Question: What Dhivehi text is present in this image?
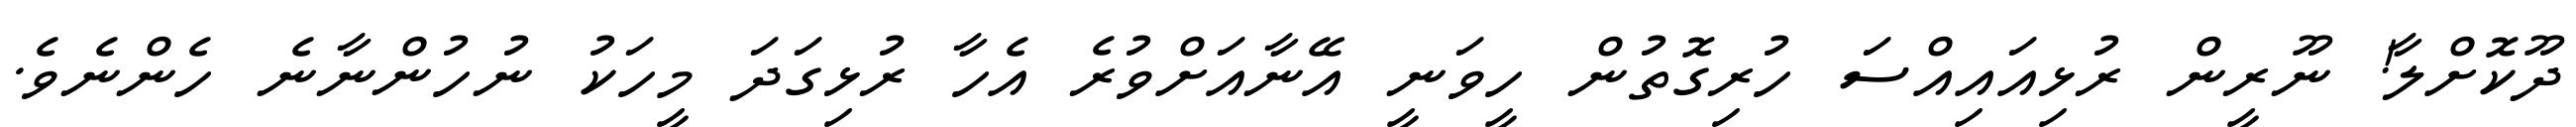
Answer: ދޫކޮށްލާ! ނޫރީން ރުޅިއައިއްސަ ހުރިގޮތުން ހީވަނީ އޭނާއަށްވުރެ އެހާ ރުޅިގަދަ މީހަކު ނުހުންނާނެ ހެންނެވެ.